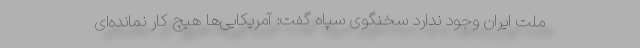
ملت ایران وجود ندارد سخنگوی سپاه گفت: آمریکایی‌ها هیچ کار نمانده‌ای